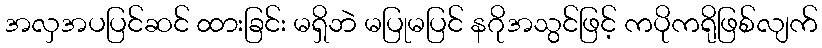
အလှအပပြင်ဆင် ထားခြင်း မရှိဘဲ မပြုမပြင် နဂိုအသွင်ဖြင့် ကပိုကရိုဖြစ်လျက်